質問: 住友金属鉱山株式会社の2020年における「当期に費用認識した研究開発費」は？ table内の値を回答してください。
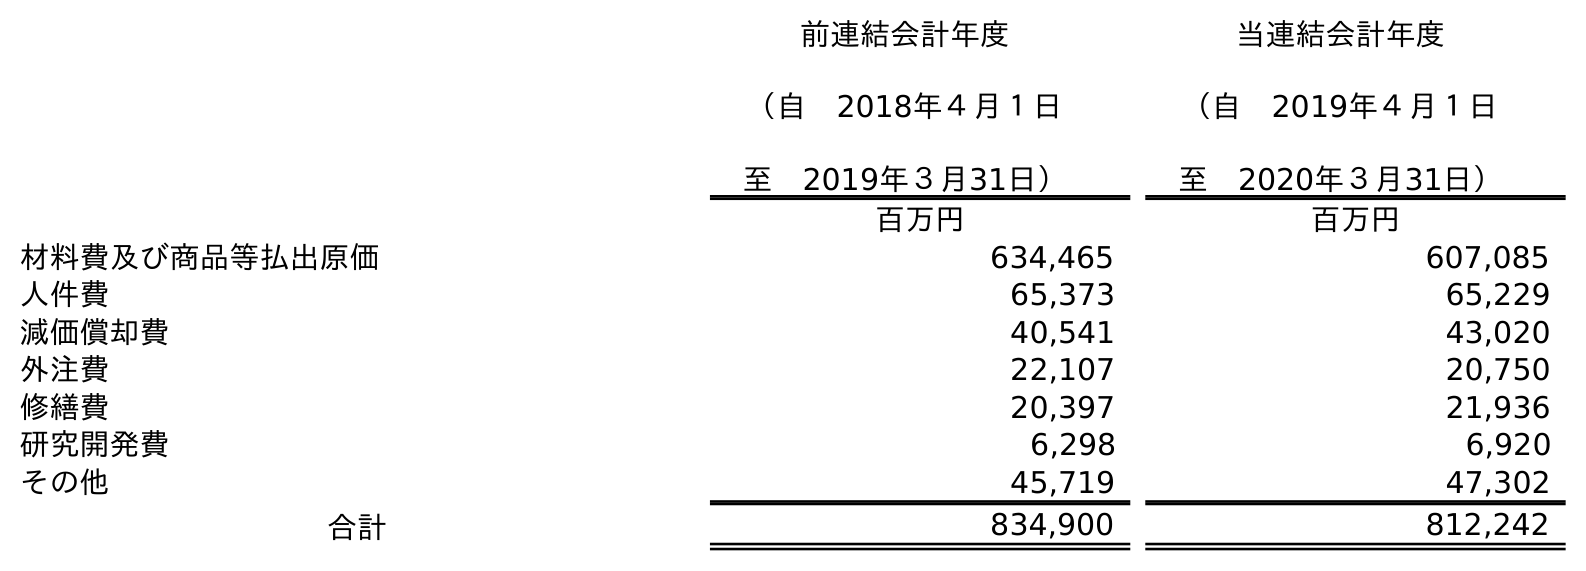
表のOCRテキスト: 前連結会計年度 （自 2018年４月１日 至 2019年３月31日） 当連結会計年度 （自 2019年４月１日 至 2020年３月31日） 百万円 百万円 材料費及び商品等払出原価 634,465 607,085 人件費 65,373 65,229 減価償却費 40,541 43,020 外注費 22,107 20,750 修繕費 20,397 21,936 研究開発費 6,298 6,920 その他 45,719 47,302 合計 834,900 812,242
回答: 6,920